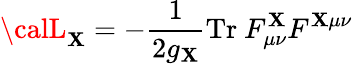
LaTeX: {\calL}_{\mathbf{X}}=-{\frac{1}{{2g_{\mathbf{X}}}}}\mathrm{{Tr\ }}F_{\mu\nu}^{\mathbf{X}}F^{\mathbf{X}\mu\nu}